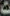
ت